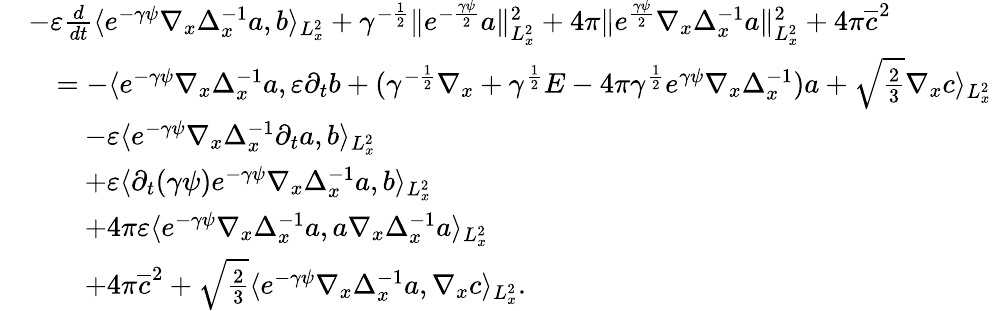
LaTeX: \begin{array}{rl}&{-\varepsilon\frac{d}{dt}\langle e^{-\gamma\psi}\nabla_{x}\Delta_{x}^{-1}a,b\rangle_{L_{x}^{2}}+\gamma^{-\frac{1}{2}}\| e^{-\frac{\gamma\psi}{2}}a\| _{L_{x}^{2}}^{2}+4\pi\| e^{\frac{\gamma\psi}{2}}\nabla_{x}\Delta_{x}^{-1}a\| _{L_{x}^{2}}^{2}+4\pi\overline{c}^{2}}\\ &{\quad=-\langle e^{-\gamma\psi}\nabla_{x}\Delta_{x}^{-1}a,\varepsilon\partial_{t}b+(\gamma^{-\frac{1}{2}}\nabla_{x}+\gamma^{\frac{1}{2}}E-4\pi\gamma^{\frac{1}{2}}e^{\gamma\psi}\nabla_{x}\Delta_{x}^{-1})a+\sqrt{\frac{2}{3}}\nabla_{x}c\rangle_{L_{x}^{2}}}\\ &{\quad\quad-\varepsilon\langle e^{-\gamma\psi}\nabla_{x}\Delta_{x}^{-1}\partial_{t}a,b\rangle_{L_{x}^{2}}}\\ &{\quad\quad+\varepsilon\langle\partial_{t}(\gamma\psi)e^{-\gamma\psi}\nabla_{x}\Delta_{x}^{-1}a,b\rangle_{L_{x}^{2}}}\\ &{\quad\quad+4\pi\varepsilon\langle e^{-\gamma\psi}\nabla_{x}\Delta_{x}^{-1}a,a\nabla_{x}\Delta_{x}^{-1}a\rangle_{L_{x}^{2}}}\\ &{\quad\quad+4\pi\overline{c}^{2}+\sqrt{\frac{2}{3}}\langle e^{-\gamma\psi}\nabla_{x}\Delta_{x}^{-1}a,\nabla_{x}c\rangle_{L_{x}^{2}}.}\end{array}